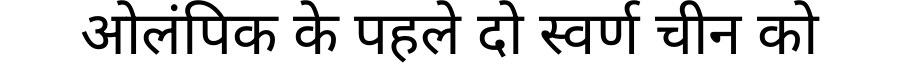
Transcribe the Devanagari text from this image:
ओलंपिक के पहले दो स्वर्ण चीन को